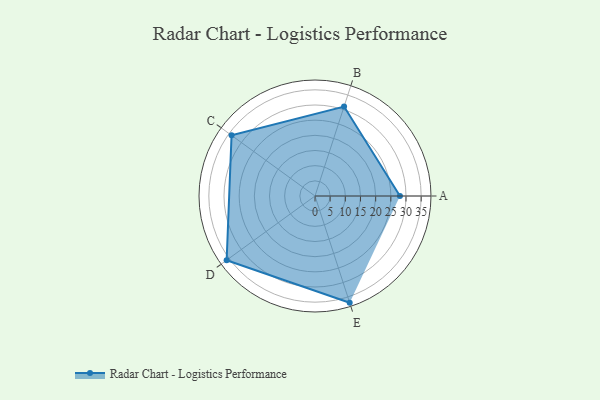
{"axis": {"x": "Skill", "y": "Score"}, "legend": ["Profile"], "data": [{"x": "A", "y": 28.0, "type": "Profile"}, {"x": "B", "y": 31.0, "type": "Profile"}, {"x": "C", "y": 34.0, "type": "Profile"}, {"x": "D", "y": 36.0, "type": "Profile"}, {"x": "E", "y": 37.0, "type": "Profile"}]}